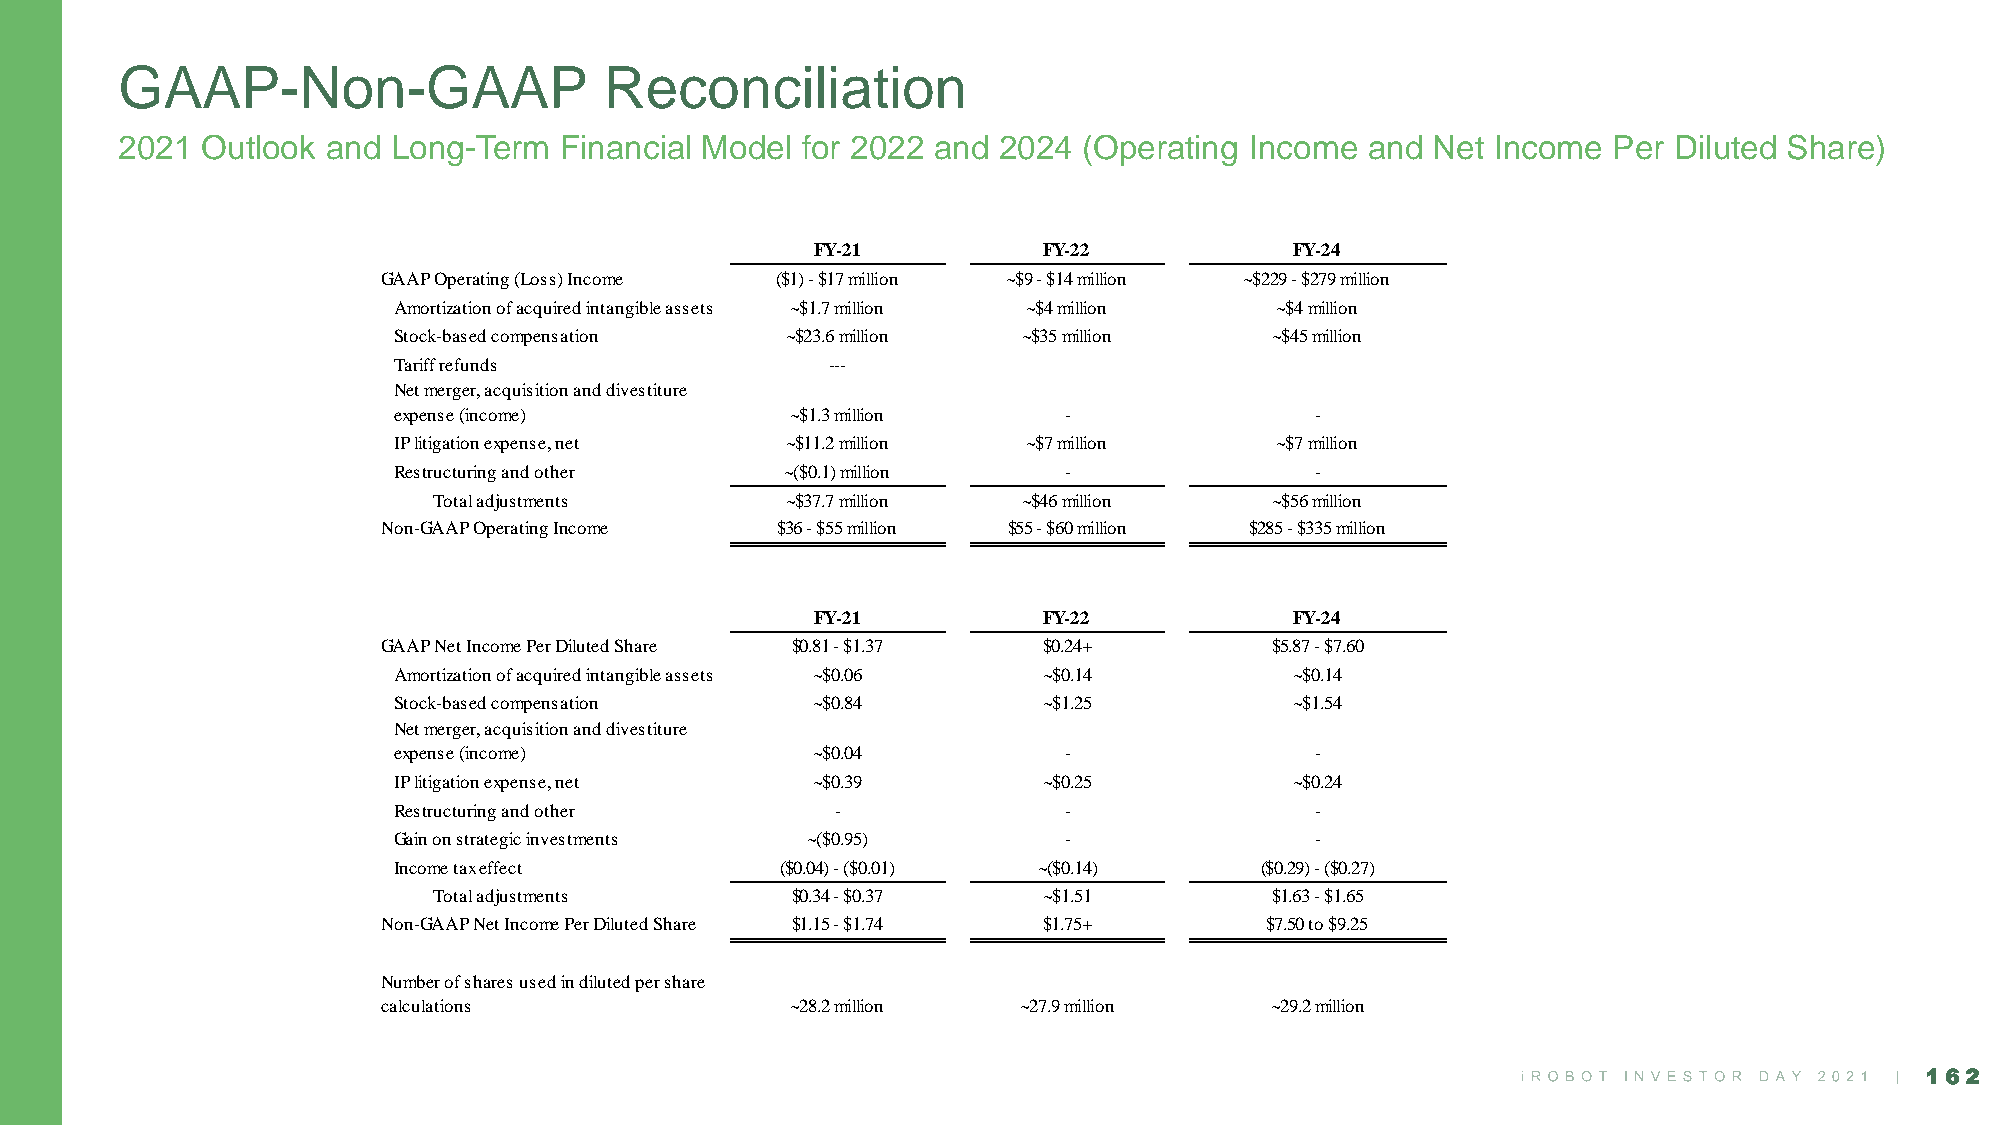
GAAP-Non-GAAP                   Reconciliation
 2021 Outlook  and Long-Term  Financial Model for 2022 and 2024  (Operating Income and  Net Income  Per Diluted Share)
 FY-21          FY-22            FY-24
 GAAP Operating (Loss) Income ($1) - $17 million ~$9 - $14 million ~$229 - $279 million
 Amortization of acquired intangible assets ~$1.7 million ~$4 million ~$4 million
 Stock-based compensation  ~$23.6 million  ~$35 million    ~$45 million
 Tariff refunds               ---
 Net merger, acquisition and divestiture
 expense (income)          ~$1.3 million     -                -
 IP litigation expense, net ~$11.2 million ~$7 million     ~$7 million
 Restructuring and other   ~($0.1) million   -                -
 Total adjustments      ~$37.7 million  ~$46 million    ~$56 million
 Non-GAAP Operating Income $36 - $55 million $55 - $60 million $285 - $335 million
 FY-21          FY-22            FY-24
 GAAP Net Income Per Diluted Share $0.81 - $1.37 $0.24+     $5.87 - $7.60
 Amortization of acquired intangible assets ~$0.06 ~$0.14    ~$0.14
 Stock-based compensation    ~$0.84         ~$1.25           ~$1.54
 Net merger, acquisition and divestiture
 expense (income)            ~$0.04          -                -
 IP litigation expense, net  ~$0.39         ~$0.25           ~$0.24
 Restructuring and other      -              -                -
 Gain on strategic investments ~($0.95)      -                -
 Income tax effect         ($0.04) - ($0.01) ~($0.14)     ($0.29) - ($0.27)
 Total adjustments      $0.34 - $0.37    ~$1.51         $1.63 - $1.65
 Non-GAAP Net Income Per Diluted Share $1.15 - $1.74 $1.75+ $7.50 to $9.25
 Number of shares used in diluted per share
 calculations               ~28.2 million   ~27.9 million   ~29.2 million
 162